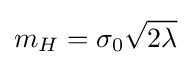
m_{H}=\sigma _{0}{\sqrt {2\lambda }}